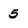
Character: 5